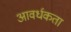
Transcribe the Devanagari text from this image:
आवर्धकता